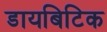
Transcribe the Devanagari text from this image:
डायबिटिक